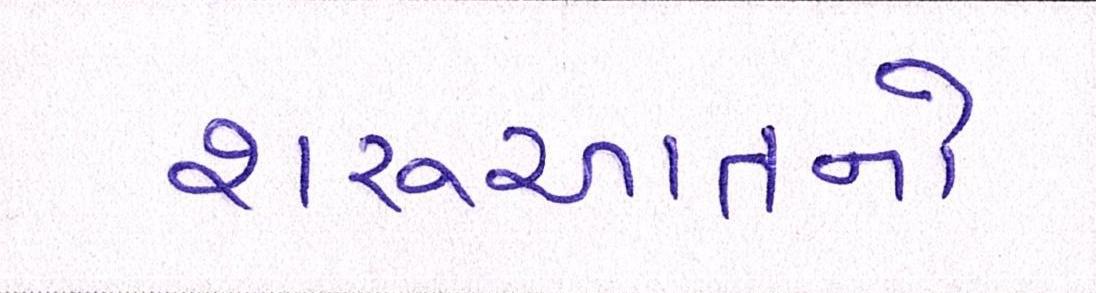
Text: શરૂઆતનો